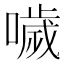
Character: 噦